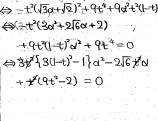
\[\begin{align*}
&\Leftrightarrow -t(\sqrt{a^{2}+2}+t)+t^{2}a + t^{2}\sqrt{a^{2}+2}=0\\
&\Leftrightarrow t^{2}(\sqrt{a^{2}+2}+2\sqrt{a^{2}+2})+t(-1 - a)=0\\
&\Leftrightarrow 3t^{2}\sqrt{3t^{2}-1}-t^{2}a - 2t\sqrt{3t^{2}-1}+t^{2}(9t^{2}-2)=0
\end{align*}\]